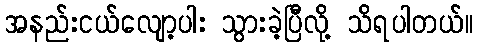
အနည်းငယ်လျော့ပါး သွားခဲ့ပြီလို့ သိရပါတယ်။